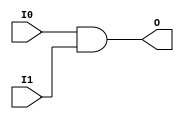
///////////////////////////////////////////////////////////////////////////////
// Copyright (c) 1995/2015 Xilinx, Inc.
// All Right Reserved.
///////////////////////////////////////////////////////////////////////////////
//   ____  ____
//  /   /\/   /
// /___/  \  /    Vendor : Xilinx
// \   \   \/     Version : 2015.4
//  \   \         Description : Xilinx Formal Library Component
//  /   /                  2-INPUT AND GATE
// /___/   /\     Filename : FORMAL_AND2.v
// \   \  /  \
//  \___\/\___\
//
///////////////////////////////////////////////////////////////////////////////
// Revision:
// simprim primitive
// End Revision
///////////////////////////////////////////////////////////////////////////////

`timescale  1 ps / 1 ps

`celldefine

module FORMAL_AND2 (O, I0, I1);

    output O;

    input  I0, I1;

    and A1 (O, I0, I1);

endmodule

`endcelldefine